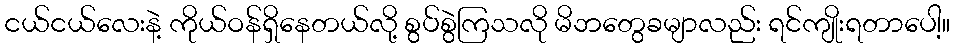
ငယ်ငယ်လေးနဲ့ ကိုယ်ဝန်ရှိနေတယ်လို့ စွပ်စွဲကြသလို မိဘတွေခမျာလည်း ရင်ကျိုးရတာပေါ့။